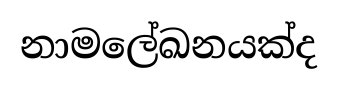
නාමලේඛනයක්ද